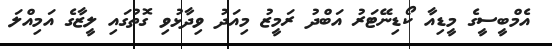
އެމްބީސީގެ މީޑިއާ ކޯޑިނޭޓަރު އަބްދު ރަމީޒު މިއަދު ވިދާޅުވި ގޮތުގައި ލީޒާގެ އަމިއްލަ